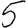
Digit: 5